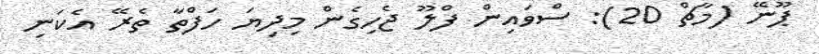
ޕޫނޭ (މާޗް 20): ސްވައިން ފްލޫ ޖެހިގެން މިދިޔަ ހަފްތާ ތެރޭ އެކަނި